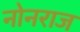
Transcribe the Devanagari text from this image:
नोनराज